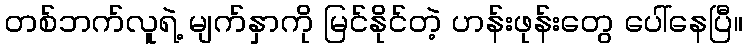
တစ်ဘက်လူရဲ့ မျက်နှာကို မြင်နိုင်တဲ့ ဟန်းဖုန်းတွေ ပေါ်နေပြီ။